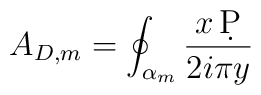
A_{D,m} = \oint_{\alpha_{m}} {x\, \d P\over 2i\pi y}